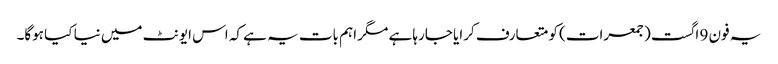
یہ فون 9 اگست (جمعرات) کو متعارف کرایا جارہا ہے مگر اہم بات یہ ہے کہ اس ایونٹ میں نیا کیا ہوگا۔